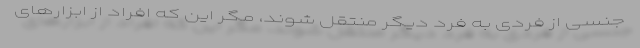
جنسی از فردی به فرد دیگر منتقل شوند، مگر این که افراد از ابزارهای